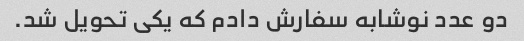
دو عدد نوشابه سفارش دادم که یکی تحویل شد.